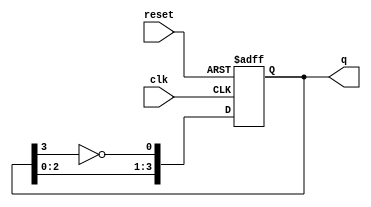
module johnson_counter #(
    parameter N = 4  // Number of stages (flip-flops)
) (
    input wire clk,      // Clock input
    input wire reset,    // Reset input
    output reg [N-1:0] q // Output state
);

    // Internal signal for feedback
    wire feedback;

    // Assign feedback as the inverted output of the last flip-flop
    assign feedback = ~q[N-1];

    // Sequential logic for the Johnson Counter
    always @(posedge clk or posedge reset) begin
        if (reset) begin
            // Initialize all flip-flops to 0 on reset
            q <= 0;
        end else begin
            // Shift the values based on the feedback mechanism
            q <= {q[N-2:0], feedback}; // Shift left and insert feedback
        end
    end

endmodule